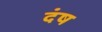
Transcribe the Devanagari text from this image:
दंष